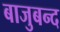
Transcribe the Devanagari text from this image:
बाजुबन्द